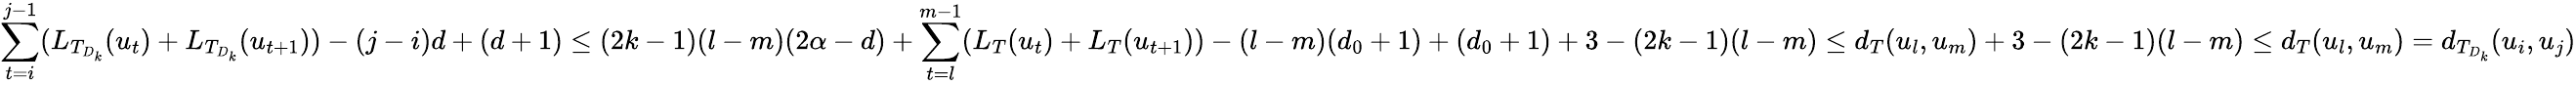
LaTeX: \sum_{t=i}^{j-1}(L_{T_{D_{k}}}(u_{t})+L_{T_{D_{k}}}(u_{t+1}))-(j-i)d+(d+1)\leq(2k-1)(l-m)(2\alpha-d)+\sum_{t=l}^{m-1}(L_{T}(u_{t})+L_{T}(u_{t+1}))-(l-m)(d_{0}+1)+(d_{0}+1)+3-(2k-1)(l-m)\leq d_{T}(u_{l},u_{m})+3-(2k-1)(l-m)\leq d_{T}(u_{l},u_{m})=d_{T_{D_{k}}}(u_{i},u_{j})